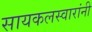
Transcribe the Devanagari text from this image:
सायकलस्वारांनी